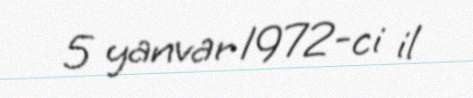
5 yanvar 1972-ci il